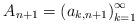
LaTeX: \begin{align*}A_{n+1} = \left( a_{k,n+1} \right)_{k=1}^{\infty}\end{align*}